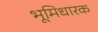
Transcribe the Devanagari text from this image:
भूमिधारक